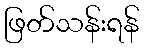
ဖြတ်သန်းရန်